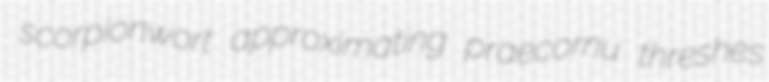
scorpionwort approximating praecornu threshes